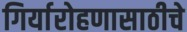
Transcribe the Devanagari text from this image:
गिर्यारोहणासाठीचे